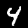
Digit: 4